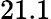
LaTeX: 21.1